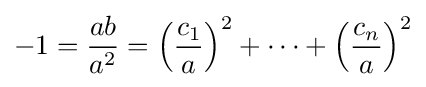
-1={\frac {ab}{a^{2}}}=\left({\frac {c_{1}}{a}}\right)^{2}+\cdots +\left({\frac {c_{n}}{a}}\right)^{2}